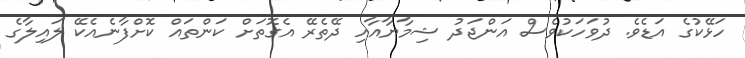
ހަޅޭކުގެ އަޑެވެ. ދުވަހަކުވެސް އަންޖަދު ޝިމާޔާއާއި ދޭތެރޭ އެގޮތަށް ކަންތައް ކޮށްފާނެއެކޭ ލައިލާގެ